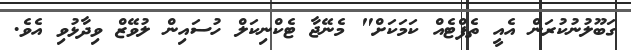
ގަބޫލުނުކުރަން އެއީ ތެފްޓެއް ކަމަކަށް" މެނޭޖާ ޓެކްނިކަލް ހުސައިން ލުވޭޒް ވިދާޅުވި އެވެ.